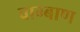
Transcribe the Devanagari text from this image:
वाग्बाण